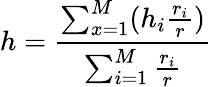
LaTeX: h=\frac{\sum_{x=1}^{M}(h_{i}\frac{r_{i}}{r})}{\sum_{i=1}^{M}\frac{r_{i}}{r}}